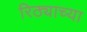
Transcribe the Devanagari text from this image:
रिठ्याच्या